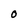
Character: O